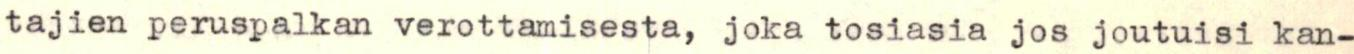
tajien peruspalkan verottamisesta, joka tosiasia jos joutuisi kan-